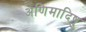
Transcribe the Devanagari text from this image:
अणिमादिषु